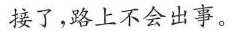
接了，路上不会出事。